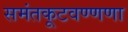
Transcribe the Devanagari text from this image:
समंतकूटवण्णणा